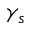
\gamma _ { s }